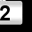
Digit: 2